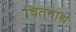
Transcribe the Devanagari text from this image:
चितनाथ